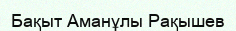
Бақыт Аманұлы Рақышев